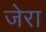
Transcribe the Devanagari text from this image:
जेरा